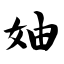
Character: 妯